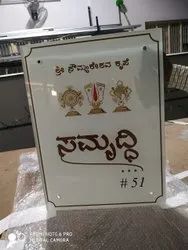
Language: kannada
Transcription: ಸಮೃದ್ಧಿ